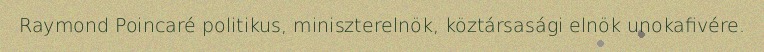
Raymond Poincaré politikus, miniszterelnök, köztársasági elnök unokafivére.